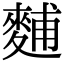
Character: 麱